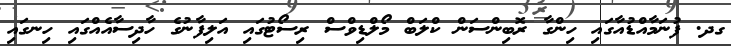
ގދ. ފުނަމާއްޑުއާގައި ހިންގާ ރޮބިންސަން ކްލަބް މޯލްޑިވްސް ރިސޯޓުގައި އަލިފާނުގެ ހާދިސާއެއްގައި ހިނގައި